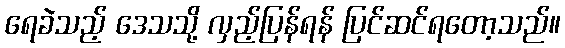
ရေခဲသည့် ဒေသသို့ လှည့်ပြန်ရန် ပြင်ဆင်ရတော့သည်။